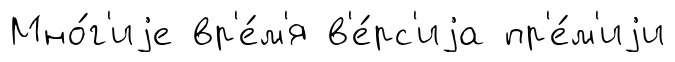
Мно́г'иjе вр'е́м'я в'е́рс'иjа пр'е́м'иjи